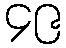
၄၉